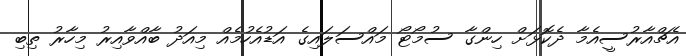
އެޗްއާރުސީއެމާ ދެކޮޅަށް ހިންގާ ސުމޯޓޯ މައްސަލައިގެ އަޑުއެހުމެއް މިއަދު ބާއްވާއިރު މިހާރު ތިބި